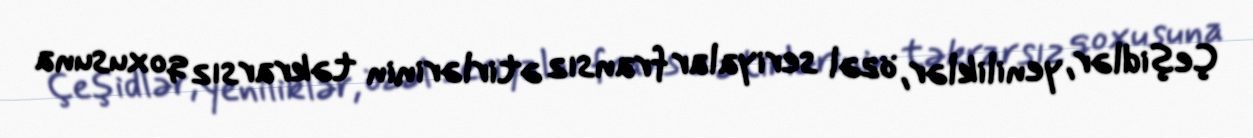
Çeşidlər, yeniliklər, özəl seriyalar fransız ətirlərinin təkrarsız qoxusuna